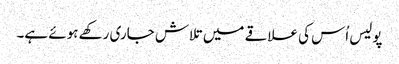
پولیس اُس کی علاقے میں تلاش جاری رکھے ہوئے ہے۔